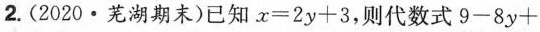
2.(2020·芜湖期末)已知$$x = 2 y + 3$$，则代数式$$9 - 8 y +